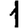
Digit: 1